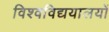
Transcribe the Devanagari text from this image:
विश्वविद्ययालयों